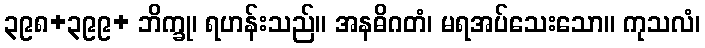
၃၉၈+၃၉၉+ ဘိက္ခု၊ ရဟန်းသည်။ အနဓိဂတံ၊ မရအပ်သေးသော။ ကုသလံ၊